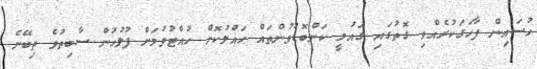
ހުސައިން ފާހަގަކުރެއްވި ގޮތުގައި ގައުމީ ކަންބޮޑުވުންތައް ހައްލުކޮށް ހުއްޓުވުމަށް ފުލުހުން ސާބިތުވެ ތިބޭނެ